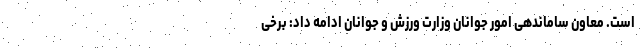
است. معاون ساماندهی امور جوانان وزارت ورزش و جوانان ادامه داد: برخی